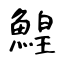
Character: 鰉